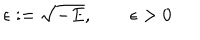
\epsilon : = \sqrt { - E } , \qquad \epsilon > 0